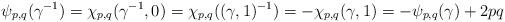
LaTeX: \begin{align*}\psi_{p,q}(\gamma^{-1}) = \chi_{p,q}(\gamma^{-1}, 0) = \chi_{p,q}((\gamma, 1)^{-1}) = -\chi_{p,q}(\gamma, 1) = -\psi_{p,q}(\gamma) +2pq\end{align*}